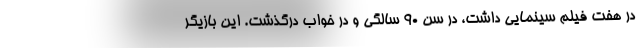
در هفت فیلم سینمایی داشت، در سن ۹۰ سالگی و در خواب درگذشت. این بازیگر